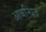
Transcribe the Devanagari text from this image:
आबन्धित